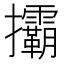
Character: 𢺞